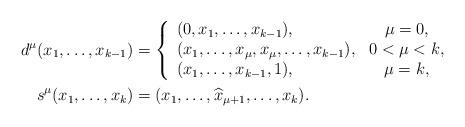
LaTeX: \begin{align*}d^\mu(x_1,\ldots,x_{k-1}) & = \left\{ \begin{array}{lc} (0,x_1,\ldots,x_{k-1}), & \mu = 0, \\ (x_1,\ldots,x_\mu,x_\mu,\ldots,x_{k-1}), & 0<\mu<k,\\ (x_1,\ldots,x_{k-1},1), & \mu = k, \end{array} \right. \\s^\mu(x_1,\ldots,x_k) & = (x_1,\ldots,\widehat{x}_{\mu+1},\ldots,x_k).\end{align*}